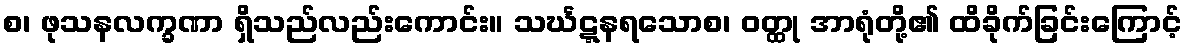
စ၊ ဖုသနလက္ခဏာ ရှိသည်လည်းကောင်း။ သင်္ဃဋ္ဋနရသောစ၊ ဝတ္ထု အာရုံတို့၏ ထိခိုက်ခြင်းကြောင့်